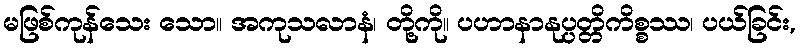
မဖြစ်ကုန်သေး သော။ အကုသလာနံ၊ တို့ကို။ ပဟာနာနုပ္ပတ္တိကိစ္စဿ၊ ပယ်ခြင်း,